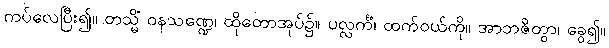
ကပ်လေပြီး၍။ တသ္မိံ ဝနသဏ္ဍေ၊ ထိုတောအုပ်၌။ ပလ္လင်္ကံ၊ ထက်ဝယ်ကို။ အာဘဇိတွာ၊ ခွေ၍။